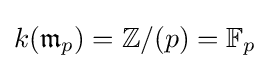
k({\mathfrak {m}}_{p})=\mathbb {Z} /(p)=\mathbb {F} _{p}